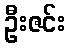
ဦးဇင်း